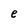
Character: e